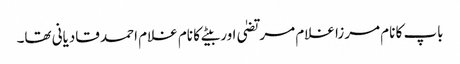
باپ کا نام مرزا غلام مرتضیٰ اور بیٹے کا نام غلام احمد قادیانی تھا۔